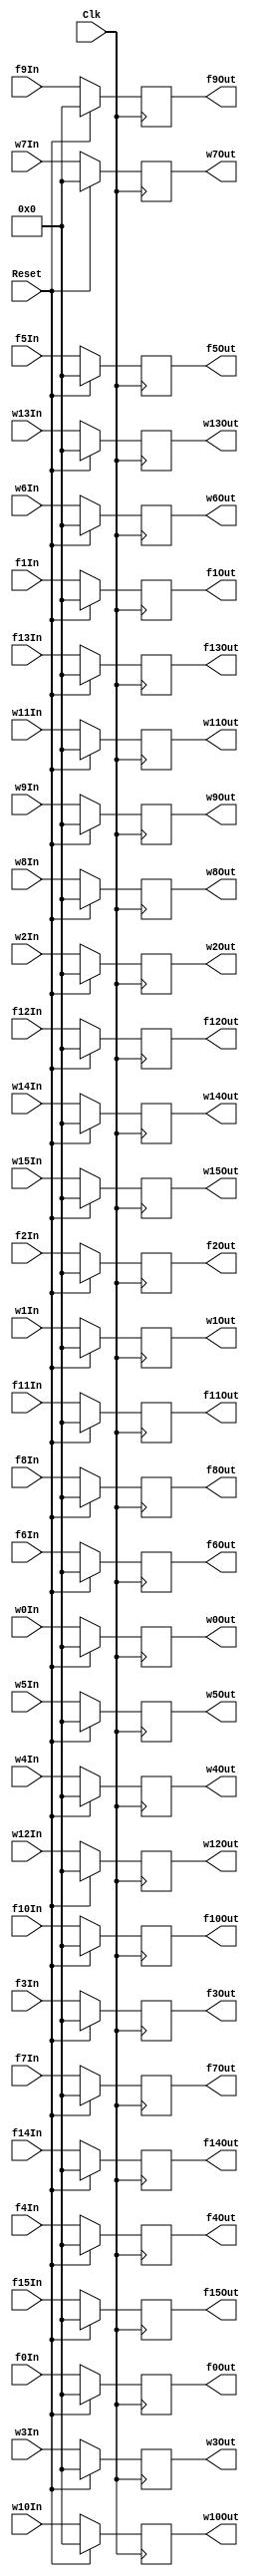
`timescale 1ns / 1ps
//////////////////////////////////////////////////////////////////////////////////
// Company: 
// Engineer: 
// 
// Design Name: 
// Module Name: VectorCache
// Project Name: 
// Target Devices: 
// Tool Versions: 
// Description: 
// 
// Dependencies: 
// 
// Revision:
// Revision 0.01 - File Created
// Additional Comments:
// 
//////////////////////////////////////////////////////////////////////////////////


module VectorCache(
	Clk,
    Reset,
	f0In,
	f0Out,
	f1In,
	f1Out,
	f2In,
	f2Out,
	f3In,
	f3Out,
	f4In,
	f4Out,
	f5In,
	f5Out,
	f6In,
	f6Out,
	f7In,
	f7Out,
	f8In,
	f8Out,
	f9In,
	f9Out,
	f10In,
	f10Out,
	f11In,
	f11Out,
	f12In,
	f12Out,
	f13In,
	f13Out,
	f14In,
	f14Out,
	f15In,
	f15Out,
	w0In,
	w0Out,
	w1In,
	w1Out,
	w2In,
	w2Out,
	w3In,
	w3Out,
	w4In,
	w4Out,
	w5In,
	w5Out,
	w6In,
	w6Out,
	w7In,
	w7Out,
	w8In,
	w8Out,
	w9In,
	w9Out,
	w10In,
	w10Out,
	w11In,
	w11Out,
	w12In,
	w12Out,
	w13In,
	w13Out,
	w14In,
	w14Out,
	w15In,
	w15Out
    );
	input Clk, Reset;
	input [15:0] 	
	f0In,
	f1In,
	f2In,
	f3In,
	f4In,
	f5In,
	f6In,
	f7In,
	f8In,
	f9In,
	f10In,
	f11In,
	f12In,
	f13In,
	f14In,
	f15In,
	w0In,
	w1In,
	w2In,
	w3In,
	w4In,
	w5In,
	w6In,
	w7In,
	w8In,
	w9In,
	w10In,
	w11In,
	w12In,
	w13In,
	w14In,
	w15In;
	output reg [15:0]
	f0Out,
	f1Out,
	f2Out,
	f3Out,
	f4Out,
	f5Out,
	f6Out,
	f7Out,
	f8Out,
	f9Out,
	f10Out,
	f11Out,
	f12Out,
	f13Out,
	f14Out,
	f15Out,
	w0Out,
	w1Out,
	w2Out,
	w3Out,
	w4Out,
	w5Out,
	w6Out,
	w7Out,
	w8Out,
	w9Out,
	w10Out,
	w11Out,
	w12Out,
	w13Out,
	w14Out,
	w15Out;
	always @(posedge Clk) begin
    if (Reset) begin
		f0Out <= 16'd0;
		f1Out <= 16'd0;
		f2Out <= 16'd0;
		f3Out <= 16'd0;
		f4Out <= 16'd0;
		f5Out <= 16'd0;
		f6Out <= 16'd0;
		f7Out <= 16'd0;
		f8Out <= 16'd0;
		f9Out <= 16'd0;
		f10Out <= 16'd0;
		f11Out <= 16'd0;
		f12Out <= 16'd0;
		f13Out <= 16'd0;
		f14Out <= 16'd0;
		f15Out <= 16'd0;
		w0Out <= 16'd0;
		w1Out <= 16'd0;
		w2Out <= 16'd0;
		w3Out <= 16'd0;
		w4Out <= 16'd0;
		w5Out <= 16'd0;
		w6Out <= 16'd0;
		w7Out <= 16'd0;
		w8Out <= 16'd0;
		w9Out <= 16'd0;
		w10Out <= 16'd0;
		w11Out <= 16'd0;
		w12Out <= 16'd0;
		w13Out <= 16'd0;
		w14Out <= 16'd0;
		w15Out <= 16'd0;
    end else begin
		f0Out <= f0In;
		f1Out <= f1In;
		f2Out <= f2In;
		f3Out <= f3In;
		f4Out <= f4In;
		f5Out <= f5In;
		f6Out <= f6In;
		f7Out <= f7In;
		f8Out <= f8In;
		f9Out <= f9In;
		f10Out <= f10In;
		f11Out <= f11In;
		f12Out <= f12In;
		f13Out <= f13In;
		f14Out <= f14In;
		f15Out <= f15In;
		w0Out <= w0In;
		w1Out <= w1In;
		w2Out <= w2In;
		w3Out <= w3In;
		w4Out <= w4In;
		w5Out <= w5In;
		w6Out <= w6In;
		w7Out <= w7In;
		w8Out <= w8In;
		w9Out <= w9In;
		w10Out <= w10In;
		w11Out <= w11In;
		w12Out <= w12In;
		w13Out <= w13In;
		w14Out <= w14In;
		w15Out <= w15In;
    end
  end
endmodule